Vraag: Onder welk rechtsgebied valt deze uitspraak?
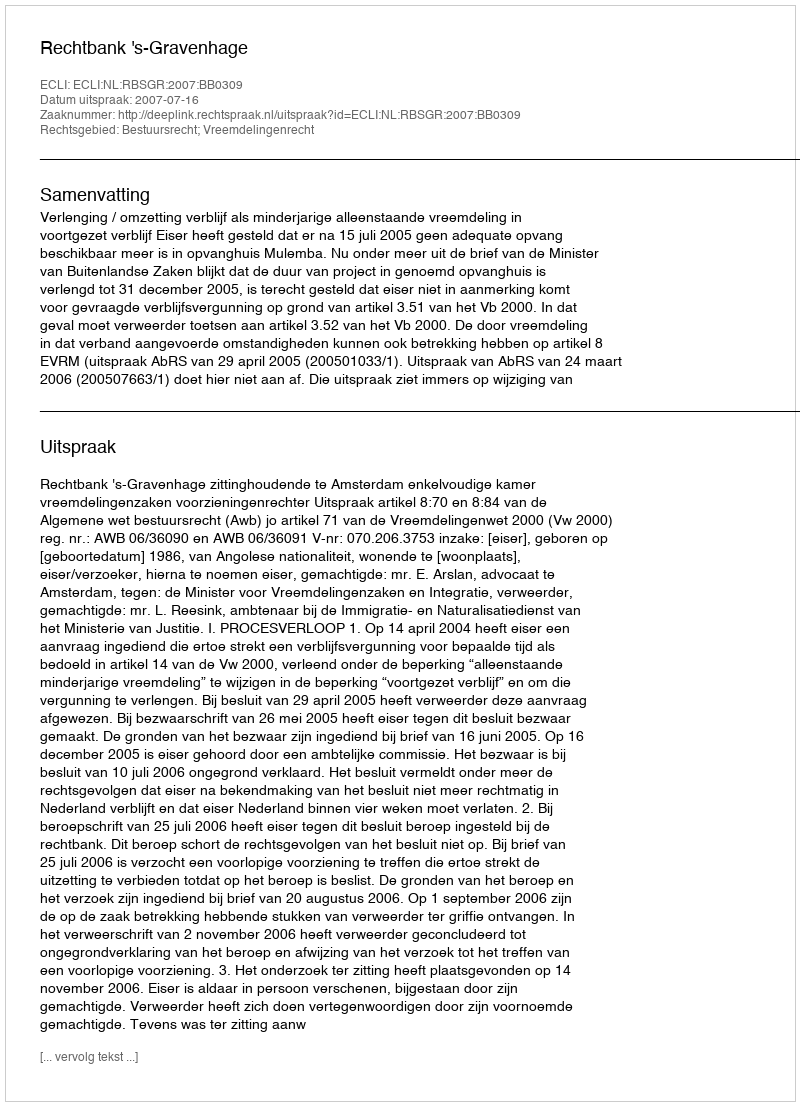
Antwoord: Bestuursrecht; Vreemdelingenrecht